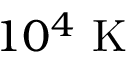
1 0 ^ { 4 } ~ \mathrm { { K } }